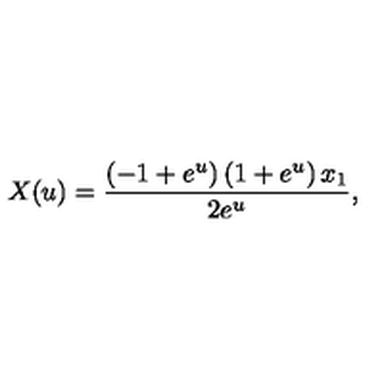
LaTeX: X ( u ) = { \frac { \left( - 1 + { e ^ { u } } \right) \left( 1 + { e ^ { u } } \right) { x _ { 1 } } } { 2 { e ^ { u } } } } ,